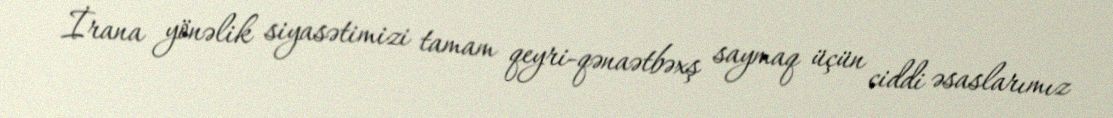
İrana yönəlik siyasətimizi tamam qeyri-qənaətbəxş saymaq üçün ciddi əsaslarımız